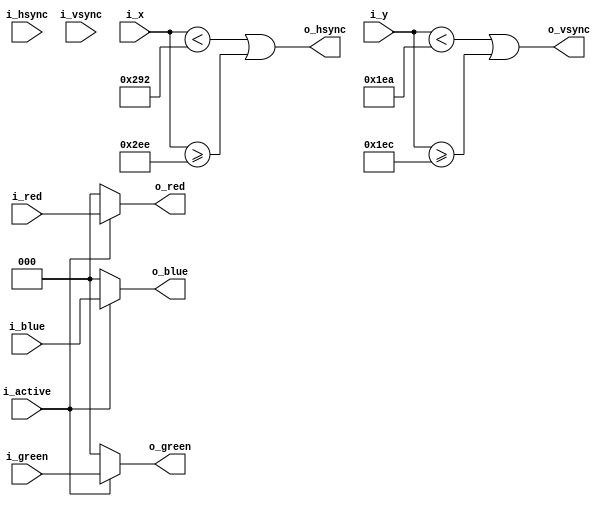
module VGASyncPorch
  #(
    parameter WIDTH = 800,   
    parameter HEIGHT = 525,
    parameter WIDTH_ACTIVE = 640,
    parameter HEIGHT_ACTIVE = 480,
    parameter FRONT_PORCH_X = 18,
    parameter BACK_PORCH_X = 50,
    parameter FRONT_PORCH_Y = 10,
    parameter BACK_PORCH_Y = 33
  )  
  (
    input [2:0] i_red,
    input [2:0] i_green,
    input [2:0] i_blue,
    input i_active,
    input i_hsync,
    input i_vsync,
    input [10:0] i_x,
    input [10:0] i_y,
    output [2:0] o_red,
    output [2:0] o_green,
    output [2:0] o_blue,
    output reg o_hsync,
    output reg o_vsync
  );
  
  always @*
    begin
 		  o_hsync = (i_x < (WIDTH_ACTIVE + FRONT_PORCH_X)) || (i_x >= (WIDTH - BACK_PORCH_X));
  		o_vsync = (i_y < (HEIGHT_ACTIVE + FRONT_PORCH_Y)) | (i_y >= (HEIGHT - BACK_PORCH_Y));
    end
  
  assign o_red[2:0] = i_active ? i_red[2:0] : 0;
  assign o_green[2:0] = i_active ? i_green[2:0] : 0;
  assign o_blue[2:0] = i_active ? i_blue[2:0] : 0;
  
endmodule